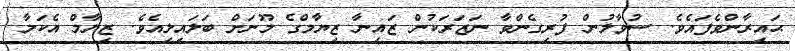
ޙައިރާންވެފައެވެ. ސުވާލުން ފުރިގެންވާ ނަޒަރަކުން ޒައިނާ ޒިޔާމްގެ މޫނަށް ބަލައިލިއެވެ. ޒިޔާމް އެކަމާ